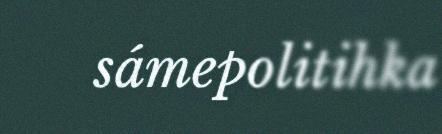
sámepolitihka